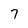
Character: 7